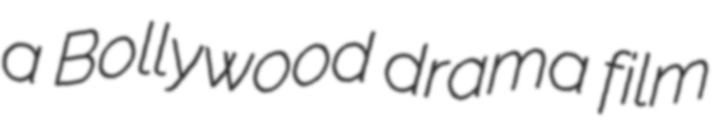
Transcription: a Bollywood drama film